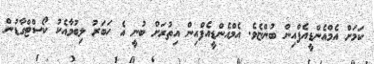
ކަމަށް އެމްއެންޑީއެފްއިން ބުންޏެވެ. އެމްއެންޑީއެފްއިން އިތުރަށް ބުނީ އެ ހަބަރު ލިބުމާއެކު ކޯސްޓްގާޑުން